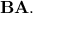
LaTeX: \mathbf { B A } .